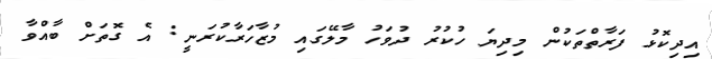
އިދިކޮޅު ފަރާތްތަކުން މިދިޔަ ހުކުރު ދުވަހު މާލޭގައި މުޒާހަރާކުރަނީ: އެ ގޮތަށް ބާއްވާ